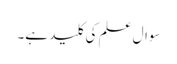
سوال علم کی کلید ہے۔